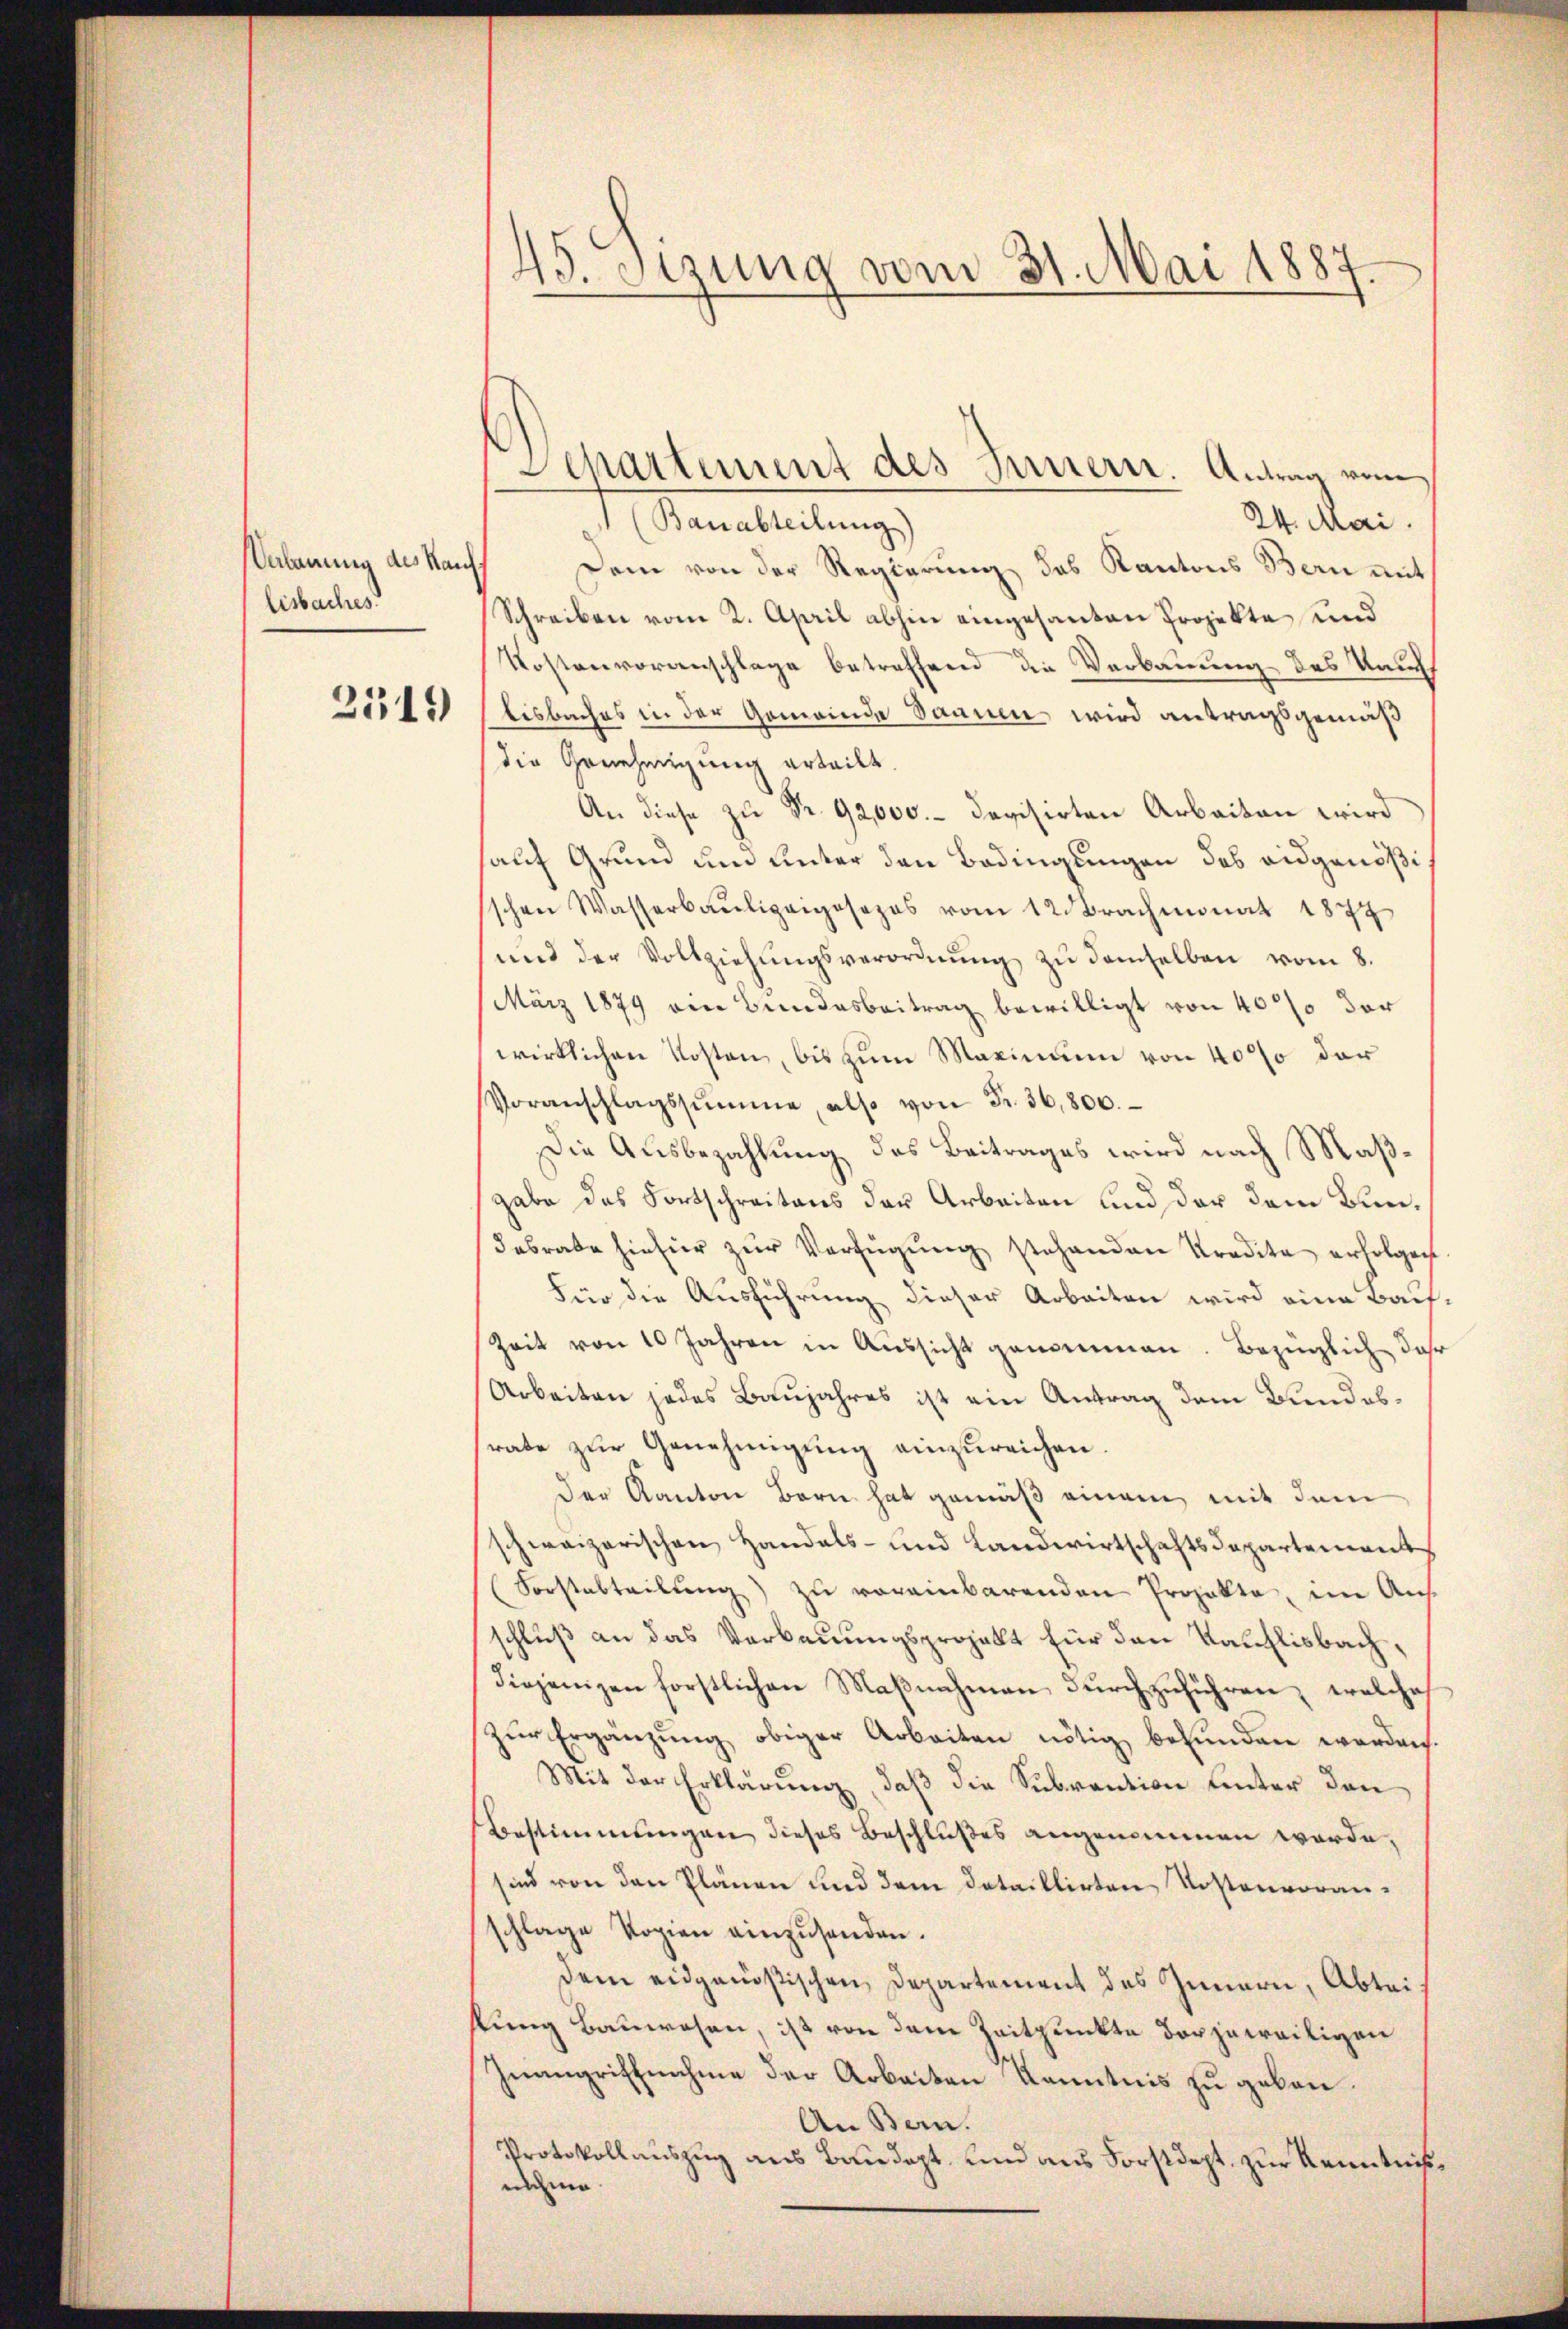
Verlaunis des Kauf
lisbaches

2519

45. Sizung vom 31. Mai 1887

24. Mai.
f. Stanabreitunge
Dem von der Regierung des Kantons Bern mit
Schreiben vom 2. April abhin eingesanten Projekte, und
Kostenvoranschlage betreffend die Verbauung des Kaufs
bisbaches in der Gemeinde Dannen wird antragsgemäß
die Genehmigung erteilt.
An diese zu Fr. 92,000.- devisirten Arbeiten wird
hauf Grund um unter den Bedingungen das eidgenößischen Wasserbaŭligiosezes vom 12. Brachmonat 1877
und der Vollziehŭngsverordnŭng zŭ demselben vom 8.
März 1879 ein Bundesbeitrag bewilligt von 40% der
wirklichen Kosten, bis zum Maximum von 40% der
Voranschlagssumme, also von Fr. 36,800.
Die Ausbezahlung des Beitrages wird nach Maßgabe das Fortschreitens der Arbeiten und der dem Bun¬
Dabrate hiefür zur Verfügung stehenden Kredita erfolgen
Für die Ausführung dieser Arbeiten wird eine Bauf
Zeit von 10 Jahren in Aŭssicht genommen. Bezinglich Jahr
Arbeiten jedes Baujahres ist ein Antrag dem Bundesrate zur Genehmigung einzureichen
der Kanton Bern hat gemäß einem mit dem
schweizerischen Handels- und Landwirtschaftsdepartement
Forstabteilŭng zu vereinbarenden Projekte, im Aus
schluß an das Verbauungsprojekt für den Kauflisbach,
diejenigen forstlichen Maβnahmen durchzuführen, welches
zŭr Ergänzung obiger Arbeiten nötig befunden werden.
Mit der Erklärung, daß die Subvention hinter den
Bestimmungen dieses Beschlußes angenommen werde,
sind von den Plänen und dem Detaillirten Kostenvoranschlage Kopien einzŭsenden.
dem eidgenößischen Departement des Innern, Abteifung Bauwesen, ist von dem Zeitpunkte der jeweiligen
Zuangriffnahme der Arbeiten Kenntnis zu geben.
An Bern.
Protokollauszug aus Baudept, und aus Forstdept, zur Kenntnißnehme

Departement des Innern. Antrag vom